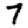
Digit: 7